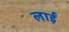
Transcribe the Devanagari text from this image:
लाईं